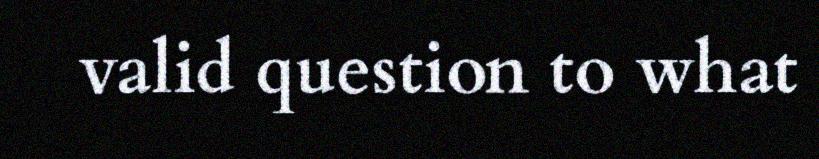
valid question to what